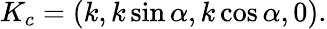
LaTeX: K_{c}=(k,k\sin\alpha,k\cos\alpha,0).